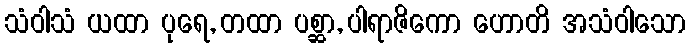
သံဝါသံ ယထာ ပုရေ, တထာ ပစ္ဆာ, ပါရာဇိကော ဟောတိ အသံဝါသော